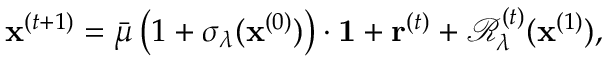
\mathbf { x } ^ { ( t + 1 ) } = \bar { \mu } \, \big ( 1 + \sigma _ { \lambda } ( \mathbf { x } ^ { ( 0 ) } ) \big ) \cdot \mathbf { 1 } + \mathbf { r } ^ { ( t ) } + \mathcal { R } _ { \lambda } ^ { ( t ) } ( \mathbf { x } ^ { ( 1 ) } ) ,